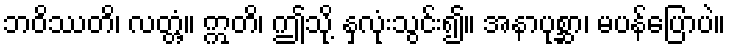
ဘဝိဿတိ၊ လတ္တံ့။ ဣတိ၊ ဤသို့ နှလုံးသွင်း၍။ အနာပုစ္ဆာ၊ မပန်ပြောပဲ။